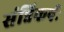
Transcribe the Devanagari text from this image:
संन्निकर्षः